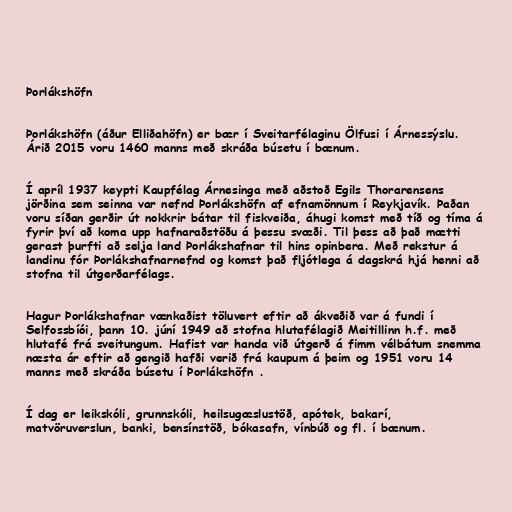
Þorlákshöfn

Þorlákshöfn (áður Elliðahöfn) er bær í Sveitarfélaginu Ölfusi í Árnessýslu.
Árið 2015 voru 1460 manns með skráða búsetu í bænum.

Í apríl 1937 keypti Kaupfélag Árnesinga með aðstoð Egils Thorarensens
jörðina sem seinna var nefnd Þorlákshöfn af efnamönnum í Reykjavík. Þaðan
voru síðan gerðir út nokkrir bátar til fiskveiða, áhugi komst með tíð og tíma á
fyrir því að koma upp hafnaraðstöðu á þessu svæði. Til þess að það mætti
gerast þurfti að selja land Þorlákshafnar til hins opinbera. Með rekstur á
landinu fór Þorlákshafnarnefnd og komst það fljótlega á dagskrá hjá henni að
stofna til útgerðarfélags.

Hagur Þorlákshafnar vænkaðist töluvert eftir að ákveðið var á fundi í
Selfossbíói, þann 10. júní 1949 að stofna hlutafélagið Meitillinn h.f. með
hlutafé frá sveitungum. Hafist var handa við útgerð á fimm vélbátum snemma
næsta ár eftir að gengið hafði verið frá kaupum á þeim og 1951 voru 14
manns með skráða búsetu í Þorlákshöfn .

Í dag er leikskóli, grunnskóli, heilsugæslustöð, apótek, bakarí,
matvöruverslun, banki, bensínstöð, bókasafn, vínbúð og fl. í bænum.